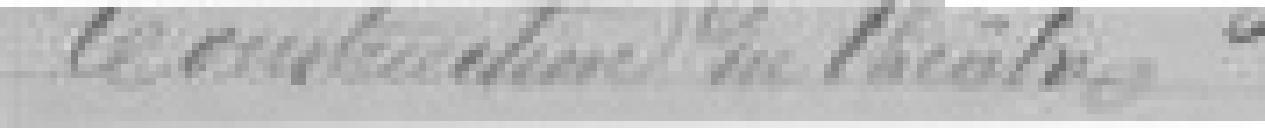
la construction du théâtre